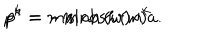
LaTeX: p ^ { k } = m \sinh { ( w ) } n ^ { k } \hspace { 1 c m } p ^ { 4 } = - m \cosh { ( w ) } a .